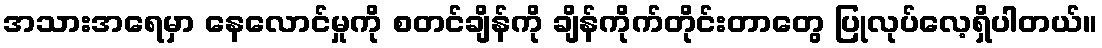
အသားအရေမှာ နေလောင်မှုကို စတင်ချိန်ကို ချိန်ကိုက်တိုင်းတာတွေ ပြုလုပ်လေ့ရှိပါတယ်။